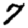
Digit: 7